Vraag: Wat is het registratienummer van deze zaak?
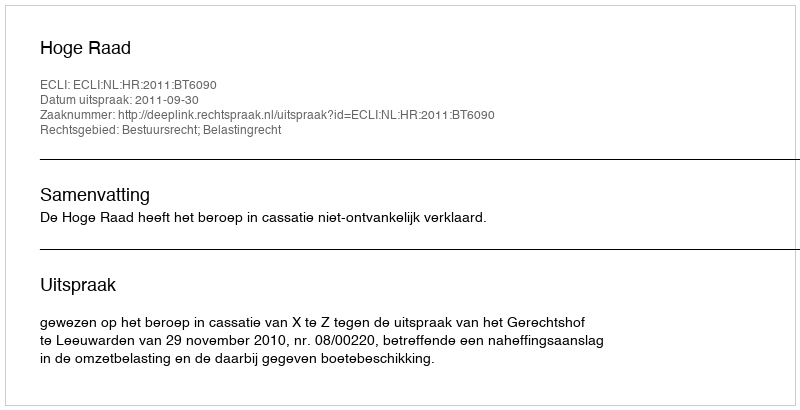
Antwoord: http://deeplink.rechtspraak.nl/uitspraak?id=ECLI:NL:HR:2011:BT6090